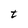
Character: t